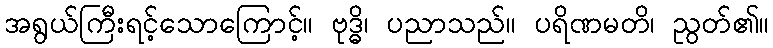
အရွယ်ကြီးရင့်သောကြောင့်။ ဗုဒ္ဓိ၊ ပညာသည်။ ပရိဏမတိ၊ ညွတ်၏။